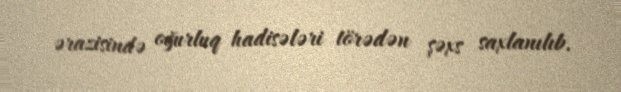
ərazisində oğurluq hadisələri törədən şəxs saxlanılıb.